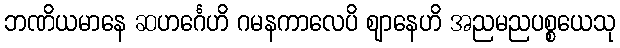
ဘဏိယမာနေ ဆဟင်္ဂေဟိ ဂမနကာလေပိ ဈာနေဟိ အညမညပစ္စယေသု